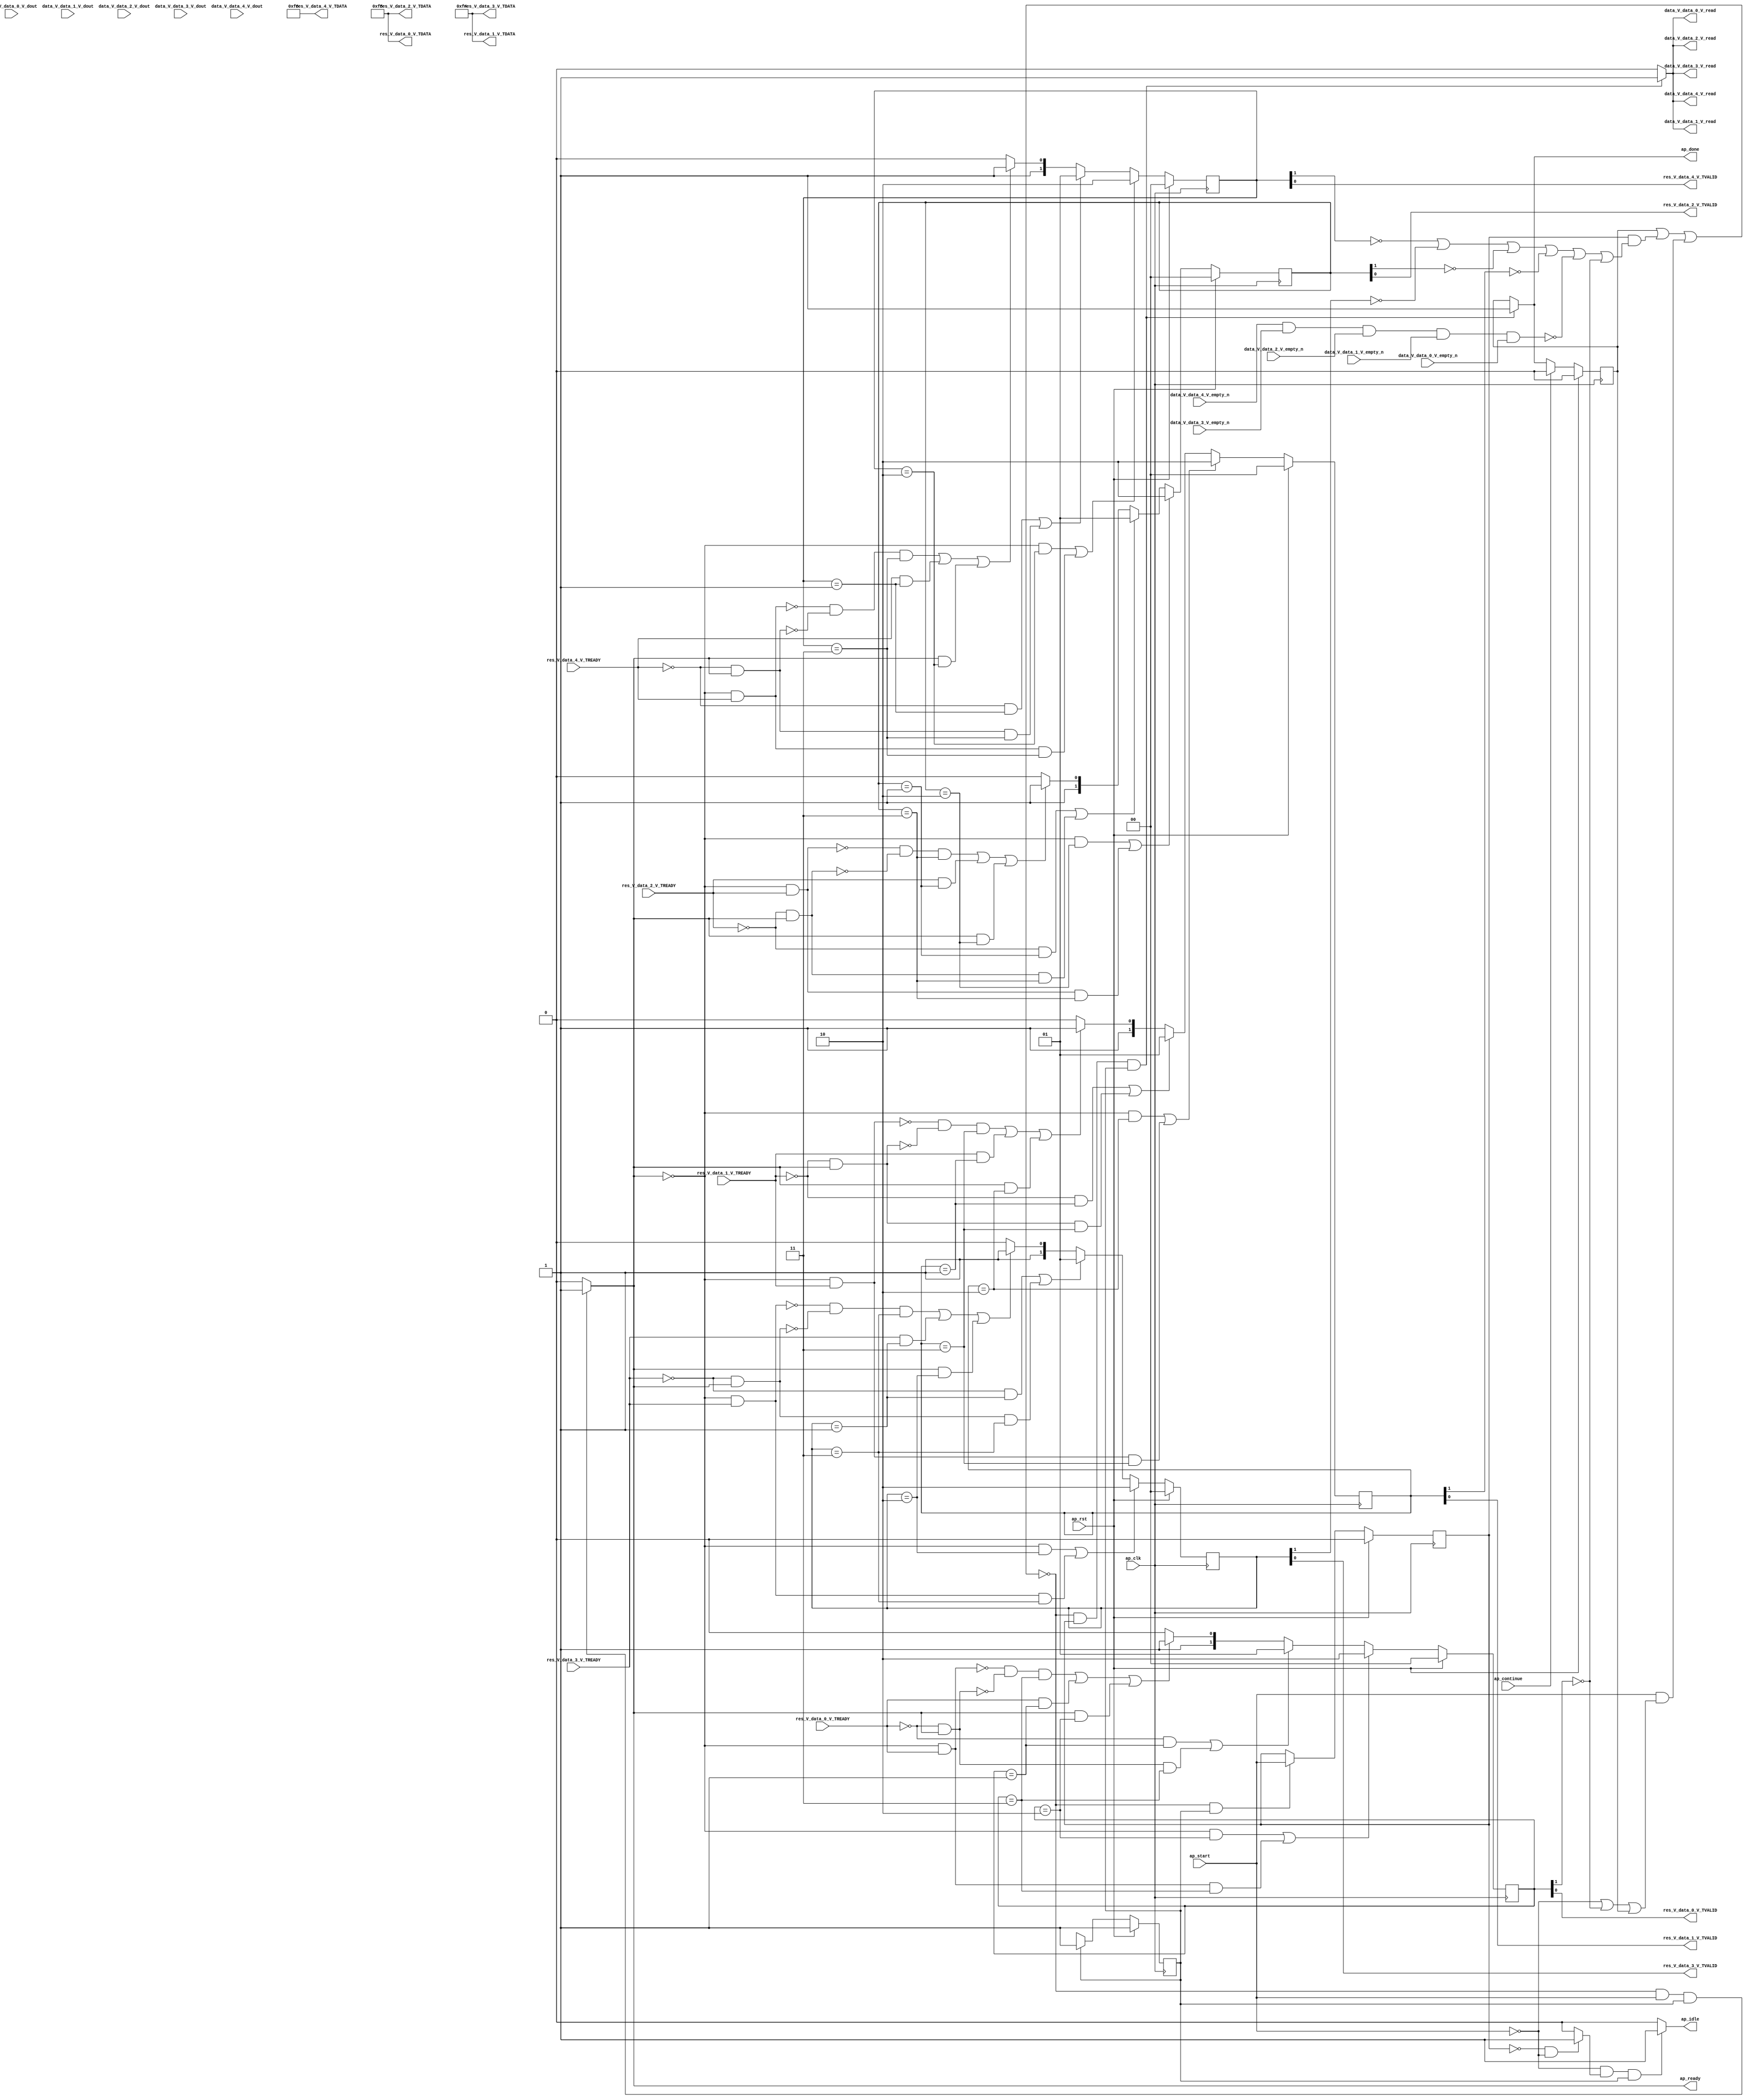
// ==============================================================
// RTL generated by Vivado(TM) HLS - High-Level Synthesis from C, C++ and SystemC
// Version: 2018.2
// Copyright (C) 1986-2018 Xilinx, Inc. All Rights Reserved.
// 
// ===========================================================

`timescale 1 ns / 1 ps 

module normalize_array_array_ap_fixed_5u_config16_s (
        ap_clk,
        ap_rst,
        ap_start,
        ap_done,
        ap_continue,
        ap_idle,
        ap_ready,
        res_V_data_0_V_TREADY,
        data_V_data_0_V_dout,
        data_V_data_0_V_empty_n,
        data_V_data_0_V_read,
        data_V_data_1_V_dout,
        data_V_data_1_V_empty_n,
        data_V_data_1_V_read,
        data_V_data_2_V_dout,
        data_V_data_2_V_empty_n,
        data_V_data_2_V_read,
        data_V_data_3_V_dout,
        data_V_data_3_V_empty_n,
        data_V_data_3_V_read,
        data_V_data_4_V_dout,
        data_V_data_4_V_empty_n,
        data_V_data_4_V_read,
        res_V_data_0_V_TDATA,
        res_V_data_0_V_TVALID,
        res_V_data_1_V_TDATA,
        res_V_data_1_V_TVALID,
        res_V_data_1_V_TREADY,
        res_V_data_2_V_TDATA,
        res_V_data_2_V_TVALID,
        res_V_data_2_V_TREADY,
        res_V_data_3_V_TDATA,
        res_V_data_3_V_TVALID,
        res_V_data_3_V_TREADY,
        res_V_data_4_V_TDATA,
        res_V_data_4_V_TVALID,
        res_V_data_4_V_TREADY
);

parameter    ap_ST_fsm_pp0_stage0 = 1'd1;

input   ap_clk;
input   ap_rst;
input   ap_start;
output   ap_done;
input   ap_continue;
output   ap_idle;
output   ap_ready;
input   res_V_data_0_V_TREADY;
input  [6:0] data_V_data_0_V_dout;
input   data_V_data_0_V_empty_n;
output   data_V_data_0_V_read;
input  [6:0] data_V_data_1_V_dout;
input   data_V_data_1_V_empty_n;
output   data_V_data_1_V_read;
input  [6:0] data_V_data_2_V_dout;
input   data_V_data_2_V_empty_n;
output   data_V_data_2_V_read;
input  [6:0] data_V_data_3_V_dout;
input   data_V_data_3_V_empty_n;
output   data_V_data_3_V_read;
input  [6:0] data_V_data_4_V_dout;
input   data_V_data_4_V_empty_n;
output   data_V_data_4_V_read;
output  [7:0] res_V_data_0_V_TDATA;
output   res_V_data_0_V_TVALID;
output  [7:0] res_V_data_1_V_TDATA;
output   res_V_data_1_V_TVALID;
input   res_V_data_1_V_TREADY;
output  [7:0] res_V_data_2_V_TDATA;
output   res_V_data_2_V_TVALID;
input   res_V_data_2_V_TREADY;
output  [7:0] res_V_data_3_V_TDATA;
output   res_V_data_3_V_TVALID;
input   res_V_data_3_V_TREADY;
output  [7:0] res_V_data_4_V_TDATA;
output   res_V_data_4_V_TVALID;
input   res_V_data_4_V_TREADY;

reg ap_done;
reg ap_idle;
reg ap_ready;

reg    ap_done_reg;
(* fsm_encoding = "none" *) reg   [0:0] ap_CS_fsm;
wire    ap_CS_fsm_pp0_stage0;
wire    ap_enable_reg_pp0_iter0;
reg    ap_enable_reg_pp0_iter1;
reg    ap_idle_pp0;
reg    ap_block_state1_pp0_stage0_iter0;
wire    res_V_data_0_V_1_ack_in;
wire    data_V_data_0_V0_status;
wire    res_V_data_1_V_1_ack_in;
wire    res_V_data_2_V_1_ack_in;
wire    res_V_data_3_V_1_ack_in;
wire    res_V_data_4_V_1_ack_in;
reg    ap_block_state2_pp0_stage0_iter1;
reg    ap_block_pp0_stage0_11001;
wire   [7:0] res_V_data_0_V_1_data_out;
reg    res_V_data_0_V_1_vld_in;
wire    res_V_data_0_V_1_vld_out;
wire    res_V_data_0_V_1_ack_out;
reg    res_V_data_0_V_1_sel_rd;
wire    res_V_data_0_V_1_sel;
reg   [1:0] res_V_data_0_V_1_state;
wire   [7:0] res_V_data_1_V_1_data_out;
reg    res_V_data_1_V_1_vld_in;
wire    res_V_data_1_V_1_vld_out;
wire    res_V_data_1_V_1_ack_out;
reg    res_V_data_1_V_1_sel_rd;
wire    res_V_data_1_V_1_sel;
reg   [1:0] res_V_data_1_V_1_state;
wire   [7:0] res_V_data_2_V_1_data_out;
reg    res_V_data_2_V_1_vld_in;
wire    res_V_data_2_V_1_vld_out;
wire    res_V_data_2_V_1_ack_out;
reg    res_V_data_2_V_1_sel_rd;
wire    res_V_data_2_V_1_sel;
reg   [1:0] res_V_data_2_V_1_state;
wire   [7:0] res_V_data_3_V_1_data_out;
reg    res_V_data_3_V_1_vld_in;
wire    res_V_data_3_V_1_vld_out;
wire    res_V_data_3_V_1_ack_out;
reg    res_V_data_3_V_1_sel_rd;
wire    res_V_data_3_V_1_sel;
reg   [1:0] res_V_data_3_V_1_state;
wire   [7:0] res_V_data_4_V_1_data_out;
reg    res_V_data_4_V_1_vld_in;
wire    res_V_data_4_V_1_vld_out;
wire    res_V_data_4_V_1_ack_out;
reg    res_V_data_4_V_1_sel_rd;
wire    res_V_data_4_V_1_sel;
reg   [1:0] res_V_data_4_V_1_state;
reg    data_V_data_0_V_blk_n;
wire    ap_block_pp0_stage0;
reg    data_V_data_1_V_blk_n;
reg    data_V_data_2_V_blk_n;
reg    data_V_data_3_V_blk_n;
reg    data_V_data_4_V_blk_n;
reg    res_V_data_0_V_TDATA_blk_n;
reg    res_V_data_1_V_TDATA_blk_n;
reg    res_V_data_2_V_TDATA_blk_n;
reg    res_V_data_3_V_TDATA_blk_n;
reg    res_V_data_4_V_TDATA_blk_n;
reg    ap_block_pp0_stage0_subdone;
reg    data_V_data_0_V0_update;
reg    ap_block_pp0_stage0_01001;
reg   [0:0] ap_NS_fsm;
reg    ap_idle_pp0_0to0;
reg    ap_reset_idle_pp0;
wire    ap_enable_pp0;

// power-on initialization
initial begin
#0 ap_done_reg = 1'b0;
#0 ap_CS_fsm = 1'd1;
#0 ap_enable_reg_pp0_iter1 = 1'b0;
#0 res_V_data_0_V_1_sel_rd = 1'b0;
#0 res_V_data_0_V_1_state = 2'd0;
#0 res_V_data_1_V_1_sel_rd = 1'b0;
#0 res_V_data_1_V_1_state = 2'd0;
#0 res_V_data_2_V_1_sel_rd = 1'b0;
#0 res_V_data_2_V_1_state = 2'd0;
#0 res_V_data_3_V_1_sel_rd = 1'b0;
#0 res_V_data_3_V_1_state = 2'd0;
#0 res_V_data_4_V_1_sel_rd = 1'b0;
#0 res_V_data_4_V_1_state = 2'd0;
end

always @ (posedge ap_clk) begin
    if (ap_rst == 1'b1) begin
        ap_CS_fsm <= ap_ST_fsm_pp0_stage0;
    end else begin
        ap_CS_fsm <= ap_NS_fsm;
    end
end

always @ (posedge ap_clk) begin
    if (ap_rst == 1'b1) begin
        ap_done_reg <= 1'b0;
    end else begin
        if ((ap_continue == 1'b1)) begin
            ap_done_reg <= 1'b0;
        end else if (((1'b0 == ap_block_pp0_stage0_11001) & (ap_enable_reg_pp0_iter1 == 1'b1) & (1'b1 == ap_CS_fsm_pp0_stage0))) begin
            ap_done_reg <= 1'b1;
        end
    end
end

always @ (posedge ap_clk) begin
    if (ap_rst == 1'b1) begin
        ap_enable_reg_pp0_iter1 <= 1'b0;
    end else begin
        if (((1'b0 == ap_block_pp0_stage0_subdone) & (1'b1 == ap_CS_fsm_pp0_stage0))) begin
            ap_enable_reg_pp0_iter1 <= ap_start;
        end
    end
end

always @ (posedge ap_clk) begin
    if (ap_rst == 1'b1) begin
        res_V_data_0_V_1_sel_rd <= 1'b0;
    end else begin
        if (((res_V_data_0_V_1_ack_out == 1'b1) & (res_V_data_0_V_1_vld_out == 1'b1))) begin
            res_V_data_0_V_1_sel_rd <= ~res_V_data_0_V_1_sel_rd;
        end
    end
end

always @ (posedge ap_clk) begin
    if (ap_rst == 1'b1) begin
        res_V_data_0_V_1_state <= 2'd0;
    end else begin
        if ((((res_V_data_0_V_1_vld_in == 1'b0) & (res_V_data_0_V_1_state == 2'd2)) | ((res_V_data_0_V_1_vld_in == 1'b0) & (res_V_data_0_V_1_ack_out == 1'b1) & (res_V_data_0_V_1_state == 2'd3)))) begin
            res_V_data_0_V_1_state <= 2'd2;
        end else if ((((res_V_data_0_V_1_ack_out == 1'b0) & (res_V_data_0_V_1_state == 2'd1)) | ((res_V_data_0_V_1_ack_out == 1'b0) & (res_V_data_0_V_1_vld_in == 1'b1) & (res_V_data_0_V_1_state == 2'd3)))) begin
            res_V_data_0_V_1_state <= 2'd1;
        end else if (((~((res_V_data_0_V_1_vld_in == 1'b0) & (res_V_data_0_V_1_ack_out == 1'b1)) & ~((res_V_data_0_V_1_ack_out == 1'b0) & (res_V_data_0_V_1_vld_in == 1'b1)) & (res_V_data_0_V_1_state == 2'd3)) | ((res_V_data_0_V_1_ack_out == 1'b1) & (res_V_data_0_V_1_state == 2'd1)) | ((res_V_data_0_V_1_vld_in == 1'b1) & (res_V_data_0_V_1_state == 2'd2)))) begin
            res_V_data_0_V_1_state <= 2'd3;
        end else begin
            res_V_data_0_V_1_state <= 2'd2;
        end
    end
end

always @ (posedge ap_clk) begin
    if (ap_rst == 1'b1) begin
        res_V_data_1_V_1_sel_rd <= 1'b0;
    end else begin
        if (((res_V_data_1_V_1_ack_out == 1'b1) & (res_V_data_1_V_1_vld_out == 1'b1))) begin
            res_V_data_1_V_1_sel_rd <= ~res_V_data_1_V_1_sel_rd;
        end
    end
end

always @ (posedge ap_clk) begin
    if (ap_rst == 1'b1) begin
        res_V_data_1_V_1_state <= 2'd0;
    end else begin
        if ((((res_V_data_1_V_1_vld_in == 1'b0) & (res_V_data_1_V_1_state == 2'd2)) | ((res_V_data_1_V_1_vld_in == 1'b0) & (res_V_data_1_V_1_ack_out == 1'b1) & (res_V_data_1_V_1_state == 2'd3)))) begin
            res_V_data_1_V_1_state <= 2'd2;
        end else if ((((res_V_data_1_V_1_ack_out == 1'b0) & (res_V_data_1_V_1_state == 2'd1)) | ((res_V_data_1_V_1_ack_out == 1'b0) & (res_V_data_1_V_1_vld_in == 1'b1) & (res_V_data_1_V_1_state == 2'd3)))) begin
            res_V_data_1_V_1_state <= 2'd1;
        end else if (((~((res_V_data_1_V_1_vld_in == 1'b0) & (res_V_data_1_V_1_ack_out == 1'b1)) & ~((res_V_data_1_V_1_ack_out == 1'b0) & (res_V_data_1_V_1_vld_in == 1'b1)) & (res_V_data_1_V_1_state == 2'd3)) | ((res_V_data_1_V_1_ack_out == 1'b1) & (res_V_data_1_V_1_state == 2'd1)) | ((res_V_data_1_V_1_vld_in == 1'b1) & (res_V_data_1_V_1_state == 2'd2)))) begin
            res_V_data_1_V_1_state <= 2'd3;
        end else begin
            res_V_data_1_V_1_state <= 2'd2;
        end
    end
end

always @ (posedge ap_clk) begin
    if (ap_rst == 1'b1) begin
        res_V_data_2_V_1_sel_rd <= 1'b0;
    end else begin
        if (((res_V_data_2_V_1_ack_out == 1'b1) & (res_V_data_2_V_1_vld_out == 1'b1))) begin
            res_V_data_2_V_1_sel_rd <= ~res_V_data_2_V_1_sel_rd;
        end
    end
end

always @ (posedge ap_clk) begin
    if (ap_rst == 1'b1) begin
        res_V_data_2_V_1_state <= 2'd0;
    end else begin
        if ((((res_V_data_2_V_1_vld_in == 1'b0) & (res_V_data_2_V_1_state == 2'd2)) | ((res_V_data_2_V_1_vld_in == 1'b0) & (res_V_data_2_V_1_ack_out == 1'b1) & (res_V_data_2_V_1_state == 2'd3)))) begin
            res_V_data_2_V_1_state <= 2'd2;
        end else if ((((res_V_data_2_V_1_ack_out == 1'b0) & (res_V_data_2_V_1_state == 2'd1)) | ((res_V_data_2_V_1_ack_out == 1'b0) & (res_V_data_2_V_1_vld_in == 1'b1) & (res_V_data_2_V_1_state == 2'd3)))) begin
            res_V_data_2_V_1_state <= 2'd1;
        end else if (((~((res_V_data_2_V_1_vld_in == 1'b0) & (res_V_data_2_V_1_ack_out == 1'b1)) & ~((res_V_data_2_V_1_ack_out == 1'b0) & (res_V_data_2_V_1_vld_in == 1'b1)) & (res_V_data_2_V_1_state == 2'd3)) | ((res_V_data_2_V_1_ack_out == 1'b1) & (res_V_data_2_V_1_state == 2'd1)) | ((res_V_data_2_V_1_vld_in == 1'b1) & (res_V_data_2_V_1_state == 2'd2)))) begin
            res_V_data_2_V_1_state <= 2'd3;
        end else begin
            res_V_data_2_V_1_state <= 2'd2;
        end
    end
end

always @ (posedge ap_clk) begin
    if (ap_rst == 1'b1) begin
        res_V_data_3_V_1_sel_rd <= 1'b0;
    end else begin
        if (((res_V_data_3_V_1_ack_out == 1'b1) & (res_V_data_3_V_1_vld_out == 1'b1))) begin
            res_V_data_3_V_1_sel_rd <= ~res_V_data_3_V_1_sel_rd;
        end
    end
end

always @ (posedge ap_clk) begin
    if (ap_rst == 1'b1) begin
        res_V_data_3_V_1_state <= 2'd0;
    end else begin
        if ((((res_V_data_3_V_1_vld_in == 1'b0) & (res_V_data_3_V_1_state == 2'd2)) | ((res_V_data_3_V_1_vld_in == 1'b0) & (res_V_data_3_V_1_ack_out == 1'b1) & (res_V_data_3_V_1_state == 2'd3)))) begin
            res_V_data_3_V_1_state <= 2'd2;
        end else if ((((res_V_data_3_V_1_ack_out == 1'b0) & (res_V_data_3_V_1_state == 2'd1)) | ((res_V_data_3_V_1_ack_out == 1'b0) & (res_V_data_3_V_1_vld_in == 1'b1) & (res_V_data_3_V_1_state == 2'd3)))) begin
            res_V_data_3_V_1_state <= 2'd1;
        end else if (((~((res_V_data_3_V_1_vld_in == 1'b0) & (res_V_data_3_V_1_ack_out == 1'b1)) & ~((res_V_data_3_V_1_ack_out == 1'b0) & (res_V_data_3_V_1_vld_in == 1'b1)) & (res_V_data_3_V_1_state == 2'd3)) | ((res_V_data_3_V_1_ack_out == 1'b1) & (res_V_data_3_V_1_state == 2'd1)) | ((res_V_data_3_V_1_vld_in == 1'b1) & (res_V_data_3_V_1_state == 2'd2)))) begin
            res_V_data_3_V_1_state <= 2'd3;
        end else begin
            res_V_data_3_V_1_state <= 2'd2;
        end
    end
end

always @ (posedge ap_clk) begin
    if (ap_rst == 1'b1) begin
        res_V_data_4_V_1_sel_rd <= 1'b0;
    end else begin
        if (((res_V_data_4_V_1_ack_out == 1'b1) & (res_V_data_4_V_1_vld_out == 1'b1))) begin
            res_V_data_4_V_1_sel_rd <= ~res_V_data_4_V_1_sel_rd;
        end
    end
end

always @ (posedge ap_clk) begin
    if (ap_rst == 1'b1) begin
        res_V_data_4_V_1_state <= 2'd0;
    end else begin
        if ((((res_V_data_4_V_1_vld_in == 1'b0) & (res_V_data_4_V_1_state == 2'd2)) | ((res_V_data_4_V_1_vld_in == 1'b0) & (res_V_data_4_V_1_ack_out == 1'b1) & (res_V_data_4_V_1_state == 2'd3)))) begin
            res_V_data_4_V_1_state <= 2'd2;
        end else if ((((res_V_data_4_V_1_ack_out == 1'b0) & (res_V_data_4_V_1_state == 2'd1)) | ((res_V_data_4_V_1_ack_out == 1'b0) & (res_V_data_4_V_1_vld_in == 1'b1) & (res_V_data_4_V_1_state == 2'd3)))) begin
            res_V_data_4_V_1_state <= 2'd1;
        end else if (((~((res_V_data_4_V_1_vld_in == 1'b0) & (res_V_data_4_V_1_ack_out == 1'b1)) & ~((res_V_data_4_V_1_ack_out == 1'b0) & (res_V_data_4_V_1_vld_in == 1'b1)) & (res_V_data_4_V_1_state == 2'd3)) | ((res_V_data_4_V_1_ack_out == 1'b1) & (res_V_data_4_V_1_state == 2'd1)) | ((res_V_data_4_V_1_vld_in == 1'b1) & (res_V_data_4_V_1_state == 2'd2)))) begin
            res_V_data_4_V_1_state <= 2'd3;
        end else begin
            res_V_data_4_V_1_state <= 2'd2;
        end
    end
end

always @ (*) begin
    if (((1'b0 == ap_block_pp0_stage0_11001) & (ap_enable_reg_pp0_iter1 == 1'b1) & (1'b1 == ap_CS_fsm_pp0_stage0))) begin
        ap_done = 1'b1;
    end else begin
        ap_done = ap_done_reg;
    end
end

always @ (*) begin
    if (((ap_start == 1'b0) & (ap_idle_pp0 == 1'b1) & (1'b1 == ap_CS_fsm_pp0_stage0))) begin
        ap_idle = 1'b1;
    end else begin
        ap_idle = 1'b0;
    end
end

always @ (*) begin
    if (((ap_enable_reg_pp0_iter1 == 1'b0) & (ap_enable_reg_pp0_iter0 == 1'b0))) begin
        ap_idle_pp0 = 1'b1;
    end else begin
        ap_idle_pp0 = 1'b0;
    end
end

always @ (*) begin
    if ((ap_enable_reg_pp0_iter0 == 1'b0)) begin
        ap_idle_pp0_0to0 = 1'b1;
    end else begin
        ap_idle_pp0_0to0 = 1'b0;
    end
end

always @ (*) begin
    if (((1'b0 == ap_block_pp0_stage0_11001) & (ap_start == 1'b1) & (1'b1 == ap_CS_fsm_pp0_stage0))) begin
        ap_ready = 1'b1;
    end else begin
        ap_ready = 1'b0;
    end
end

always @ (*) begin
    if (((ap_start == 1'b0) & (ap_idle_pp0_0to0 == 1'b1))) begin
        ap_reset_idle_pp0 = 1'b1;
    end else begin
        ap_reset_idle_pp0 = 1'b0;
    end
end

always @ (*) begin
    if (((1'b0 == ap_block_pp0_stage0_11001) & (ap_enable_reg_pp0_iter1 == 1'b1) & (1'b1 == ap_CS_fsm_pp0_stage0))) begin
        data_V_data_0_V0_update = 1'b1;
    end else begin
        data_V_data_0_V0_update = 1'b0;
    end
end

always @ (*) begin
    if (((1'b0 == ap_block_pp0_stage0) & (ap_enable_reg_pp0_iter1 == 1'b1) & (1'b1 == ap_CS_fsm_pp0_stage0))) begin
        data_V_data_0_V_blk_n = data_V_data_0_V_empty_n;
    end else begin
        data_V_data_0_V_blk_n = 1'b1;
    end
end

always @ (*) begin
    if (((1'b0 == ap_block_pp0_stage0) & (ap_enable_reg_pp0_iter1 == 1'b1) & (1'b1 == ap_CS_fsm_pp0_stage0))) begin
        data_V_data_1_V_blk_n = data_V_data_1_V_empty_n;
    end else begin
        data_V_data_1_V_blk_n = 1'b1;
    end
end

always @ (*) begin
    if (((1'b0 == ap_block_pp0_stage0) & (ap_enable_reg_pp0_iter1 == 1'b1) & (1'b1 == ap_CS_fsm_pp0_stage0))) begin
        data_V_data_2_V_blk_n = data_V_data_2_V_empty_n;
    end else begin
        data_V_data_2_V_blk_n = 1'b1;
    end
end

always @ (*) begin
    if (((1'b0 == ap_block_pp0_stage0) & (ap_enable_reg_pp0_iter1 == 1'b1) & (1'b1 == ap_CS_fsm_pp0_stage0))) begin
        data_V_data_3_V_blk_n = data_V_data_3_V_empty_n;
    end else begin
        data_V_data_3_V_blk_n = 1'b1;
    end
end

always @ (*) begin
    if (((1'b0 == ap_block_pp0_stage0) & (ap_enable_reg_pp0_iter1 == 1'b1) & (1'b1 == ap_CS_fsm_pp0_stage0))) begin
        data_V_data_4_V_blk_n = data_V_data_4_V_empty_n;
    end else begin
        data_V_data_4_V_blk_n = 1'b1;
    end
end

always @ (*) begin
    if (((1'b0 == ap_block_pp0_stage0_11001) & (ap_start == 1'b1) & (1'b1 == ap_CS_fsm_pp0_stage0))) begin
        res_V_data_0_V_1_vld_in = 1'b1;
    end else begin
        res_V_data_0_V_1_vld_in = 1'b0;
    end
end

always @ (*) begin
    if ((((1'b0 == ap_block_pp0_stage0) & (ap_enable_reg_pp0_iter1 == 1'b1) & (1'b1 == ap_CS_fsm_pp0_stage0)) | (~((ap_start == 1'b0) | (ap_done_reg == 1'b1)) & (1'b0 == ap_block_pp0_stage0) & (ap_start == 1'b1) & (1'b1 == ap_CS_fsm_pp0_stage0)))) begin
        res_V_data_0_V_TDATA_blk_n = res_V_data_0_V_1_state[1'd1];
    end else begin
        res_V_data_0_V_TDATA_blk_n = 1'b1;
    end
end

always @ (*) begin
    if (((1'b0 == ap_block_pp0_stage0_11001) & (ap_start == 1'b1) & (1'b1 == ap_CS_fsm_pp0_stage0))) begin
        res_V_data_1_V_1_vld_in = 1'b1;
    end else begin
        res_V_data_1_V_1_vld_in = 1'b0;
    end
end

always @ (*) begin
    if ((((1'b0 == ap_block_pp0_stage0) & (ap_enable_reg_pp0_iter1 == 1'b1) & (1'b1 == ap_CS_fsm_pp0_stage0)) | (~((ap_start == 1'b0) | (ap_done_reg == 1'b1)) & (1'b0 == ap_block_pp0_stage0) & (ap_start == 1'b1) & (1'b1 == ap_CS_fsm_pp0_stage0)))) begin
        res_V_data_1_V_TDATA_blk_n = res_V_data_1_V_1_state[1'd1];
    end else begin
        res_V_data_1_V_TDATA_blk_n = 1'b1;
    end
end

always @ (*) begin
    if (((1'b0 == ap_block_pp0_stage0_11001) & (ap_start == 1'b1) & (1'b1 == ap_CS_fsm_pp0_stage0))) begin
        res_V_data_2_V_1_vld_in = 1'b1;
    end else begin
        res_V_data_2_V_1_vld_in = 1'b0;
    end
end

always @ (*) begin
    if ((((1'b0 == ap_block_pp0_stage0) & (ap_enable_reg_pp0_iter1 == 1'b1) & (1'b1 == ap_CS_fsm_pp0_stage0)) | (~((ap_start == 1'b0) | (ap_done_reg == 1'b1)) & (1'b0 == ap_block_pp0_stage0) & (ap_start == 1'b1) & (1'b1 == ap_CS_fsm_pp0_stage0)))) begin
        res_V_data_2_V_TDATA_blk_n = res_V_data_2_V_1_state[1'd1];
    end else begin
        res_V_data_2_V_TDATA_blk_n = 1'b1;
    end
end

always @ (*) begin
    if (((1'b0 == ap_block_pp0_stage0_11001) & (ap_start == 1'b1) & (1'b1 == ap_CS_fsm_pp0_stage0))) begin
        res_V_data_3_V_1_vld_in = 1'b1;
    end else begin
        res_V_data_3_V_1_vld_in = 1'b0;
    end
end

always @ (*) begin
    if ((((1'b0 == ap_block_pp0_stage0) & (ap_enable_reg_pp0_iter1 == 1'b1) & (1'b1 == ap_CS_fsm_pp0_stage0)) | (~((ap_start == 1'b0) | (ap_done_reg == 1'b1)) & (1'b0 == ap_block_pp0_stage0) & (ap_start == 1'b1) & (1'b1 == ap_CS_fsm_pp0_stage0)))) begin
        res_V_data_3_V_TDATA_blk_n = res_V_data_3_V_1_state[1'd1];
    end else begin
        res_V_data_3_V_TDATA_blk_n = 1'b1;
    end
end

always @ (*) begin
    if (((1'b0 == ap_block_pp0_stage0_11001) & (ap_start == 1'b1) & (1'b1 == ap_CS_fsm_pp0_stage0))) begin
        res_V_data_4_V_1_vld_in = 1'b1;
    end else begin
        res_V_data_4_V_1_vld_in = 1'b0;
    end
end

always @ (*) begin
    if ((((1'b0 == ap_block_pp0_stage0) & (ap_enable_reg_pp0_iter1 == 1'b1) & (1'b1 == ap_CS_fsm_pp0_stage0)) | (~((ap_start == 1'b0) | (ap_done_reg == 1'b1)) & (1'b0 == ap_block_pp0_stage0) & (ap_start == 1'b1) & (1'b1 == ap_CS_fsm_pp0_stage0)))) begin
        res_V_data_4_V_TDATA_blk_n = res_V_data_4_V_1_state[1'd1];
    end else begin
        res_V_data_4_V_TDATA_blk_n = 1'b1;
    end
end

always @ (*) begin
    case (ap_CS_fsm)
        ap_ST_fsm_pp0_stage0 : begin
            ap_NS_fsm = ap_ST_fsm_pp0_stage0;
        end
        default : begin
            ap_NS_fsm = 'bx;
        end
    endcase
end

assign ap_CS_fsm_pp0_stage0 = ap_CS_fsm[32'd0];

assign ap_block_pp0_stage0 = ~(1'b1 == 1'b1);

always @ (*) begin
    ap_block_pp0_stage0_01001 = ((ap_done_reg == 1'b1) | ((ap_enable_reg_pp0_iter1 == 1'b1) & ((res_V_data_4_V_1_ack_in == 1'b0) | (res_V_data_3_V_1_ack_in == 1'b0) | (res_V_data_2_V_1_ack_in == 1'b0) | (res_V_data_1_V_1_ack_in == 1'b0) | (data_V_data_0_V0_status == 1'b0) | (res_V_data_0_V_1_ack_in == 1'b0))) | ((ap_start == 1'b1) & ((ap_start == 1'b0) | (ap_done_reg == 1'b1))));
end

always @ (*) begin
    ap_block_pp0_stage0_11001 = ((ap_done_reg == 1'b1) | ((ap_enable_reg_pp0_iter1 == 1'b1) & ((res_V_data_4_V_1_ack_in == 1'b0) | (res_V_data_3_V_1_ack_in == 1'b0) | (res_V_data_2_V_1_ack_in == 1'b0) | (res_V_data_1_V_1_ack_in == 1'b0) | (data_V_data_0_V0_status == 1'b0) | (res_V_data_0_V_1_ack_in == 1'b0))) | ((ap_start == 1'b1) & ((ap_start == 1'b0) | (res_V_data_0_V_1_ack_in == 1'b0) | (ap_done_reg == 1'b1))));
end

always @ (*) begin
    ap_block_pp0_stage0_subdone = ((ap_done_reg == 1'b1) | ((ap_enable_reg_pp0_iter1 == 1'b1) & ((res_V_data_4_V_1_ack_in == 1'b0) | (res_V_data_3_V_1_ack_in == 1'b0) | (res_V_data_2_V_1_ack_in == 1'b0) | (res_V_data_1_V_1_ack_in == 1'b0) | (data_V_data_0_V0_status == 1'b0) | (res_V_data_0_V_1_ack_in == 1'b0))) | ((ap_start == 1'b1) & ((ap_start == 1'b0) | (res_V_data_0_V_1_ack_in == 1'b0) | (ap_done_reg == 1'b1))));
end

always @ (*) begin
    ap_block_state1_pp0_stage0_iter0 = ((ap_start == 1'b0) | (ap_done_reg == 1'b1));
end

always @ (*) begin
    ap_block_state2_pp0_stage0_iter1 = ((res_V_data_4_V_1_ack_in == 1'b0) | (res_V_data_3_V_1_ack_in == 1'b0) | (res_V_data_2_V_1_ack_in == 1'b0) | (res_V_data_1_V_1_ack_in == 1'b0) | (data_V_data_0_V0_status == 1'b0) | (res_V_data_0_V_1_ack_in == 1'b0));
end

assign ap_enable_pp0 = (ap_idle_pp0 ^ 1'b1);

assign ap_enable_reg_pp0_iter0 = ap_start;

assign data_V_data_0_V0_status = (data_V_data_4_V_empty_n & data_V_data_3_V_empty_n & data_V_data_2_V_empty_n & data_V_data_1_V_empty_n & data_V_data_0_V_empty_n);

assign data_V_data_0_V_read = data_V_data_0_V0_update;

assign data_V_data_1_V_read = data_V_data_0_V0_update;

assign data_V_data_2_V_read = data_V_data_0_V0_update;

assign data_V_data_3_V_read = data_V_data_0_V0_update;

assign data_V_data_4_V_read = data_V_data_0_V0_update;

assign res_V_data_0_V_1_ack_in = res_V_data_0_V_1_state[1'd1];

assign res_V_data_0_V_1_ack_out = res_V_data_0_V_TREADY;

assign res_V_data_0_V_1_data_out = 8'd245;

assign res_V_data_0_V_1_sel = res_V_data_0_V_1_sel_rd;

assign res_V_data_0_V_1_vld_out = res_V_data_0_V_1_state[1'd0];

assign res_V_data_0_V_TDATA = res_V_data_0_V_1_data_out;

assign res_V_data_0_V_TVALID = res_V_data_0_V_1_state[1'd0];

assign res_V_data_1_V_1_ack_in = res_V_data_1_V_1_state[1'd1];

assign res_V_data_1_V_1_ack_out = res_V_data_1_V_TREADY;

assign res_V_data_1_V_1_data_out = 8'd244;

assign res_V_data_1_V_1_sel = res_V_data_1_V_1_sel_rd;

assign res_V_data_1_V_1_vld_out = res_V_data_1_V_1_state[1'd0];

assign res_V_data_1_V_TDATA = res_V_data_1_V_1_data_out;

assign res_V_data_1_V_TVALID = res_V_data_1_V_1_state[1'd0];

assign res_V_data_2_V_1_ack_in = res_V_data_2_V_1_state[1'd1];

assign res_V_data_2_V_1_ack_out = res_V_data_2_V_TREADY;

assign res_V_data_2_V_1_data_out = 8'd245;

assign res_V_data_2_V_1_sel = res_V_data_2_V_1_sel_rd;

assign res_V_data_2_V_1_vld_out = res_V_data_2_V_1_state[1'd0];

assign res_V_data_2_V_TDATA = res_V_data_2_V_1_data_out;

assign res_V_data_2_V_TVALID = res_V_data_2_V_1_state[1'd0];

assign res_V_data_3_V_1_ack_in = res_V_data_3_V_1_state[1'd1];

assign res_V_data_3_V_1_ack_out = res_V_data_3_V_TREADY;

assign res_V_data_3_V_1_data_out = 8'd244;

assign res_V_data_3_V_1_sel = res_V_data_3_V_1_sel_rd;

assign res_V_data_3_V_1_vld_out = res_V_data_3_V_1_state[1'd0];

assign res_V_data_3_V_TDATA = res_V_data_3_V_1_data_out;

assign res_V_data_3_V_TVALID = res_V_data_3_V_1_state[1'd0];

assign res_V_data_4_V_1_ack_in = res_V_data_4_V_1_state[1'd1];

assign res_V_data_4_V_1_ack_out = res_V_data_4_V_TREADY;

assign res_V_data_4_V_1_data_out = 8'd246;

assign res_V_data_4_V_1_sel = res_V_data_4_V_1_sel_rd;

assign res_V_data_4_V_1_vld_out = res_V_data_4_V_1_state[1'd0];

assign res_V_data_4_V_TDATA = res_V_data_4_V_1_data_out;

assign res_V_data_4_V_TVALID = res_V_data_4_V_1_state[1'd0];

endmodule //normalize_array_array_ap_fixed_5u_config16_s